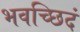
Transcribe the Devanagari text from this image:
भवच्छिदं